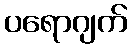
ပရောဂျက်